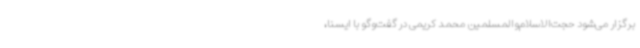
برگزار می‌شود حجت‌الاسلام‌والمسلمین محمد کریمی در گفت‌وگو با ایسنا،